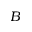
B